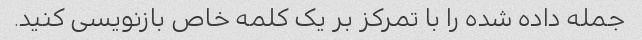
جمله داده شده را با تمرکز بر یک کلمه خاص بازنویسی کنید.